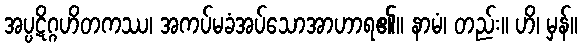
အပ္ပဋိဂ္ဂဟိတကဿ၊ အကပ်မခံအပ်သောအာဟာရ၏။ နာမံ၊ တည်း။ ဟိ၊ မှန်။